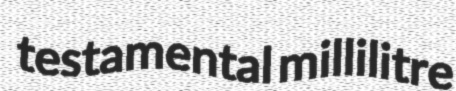
testamental millilitre